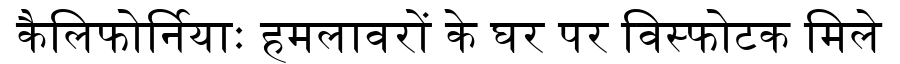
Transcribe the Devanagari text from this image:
कैलिफोर्नियाः हमलावरों के घर पर विस्फोटक मिले